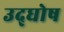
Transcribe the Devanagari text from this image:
उद्‌घोष